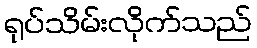
ရုပ်သိမ်းလိုက်သည်